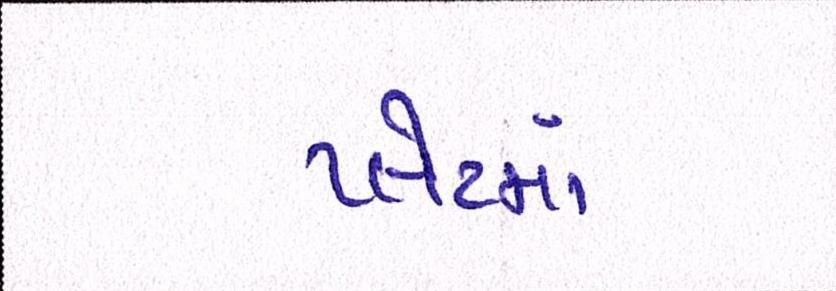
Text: પ્લેટમાં